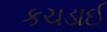
કચડાઈ